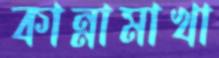
কান্নামাখা